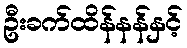
ဦးခက်ထိန်နန်နှင့်